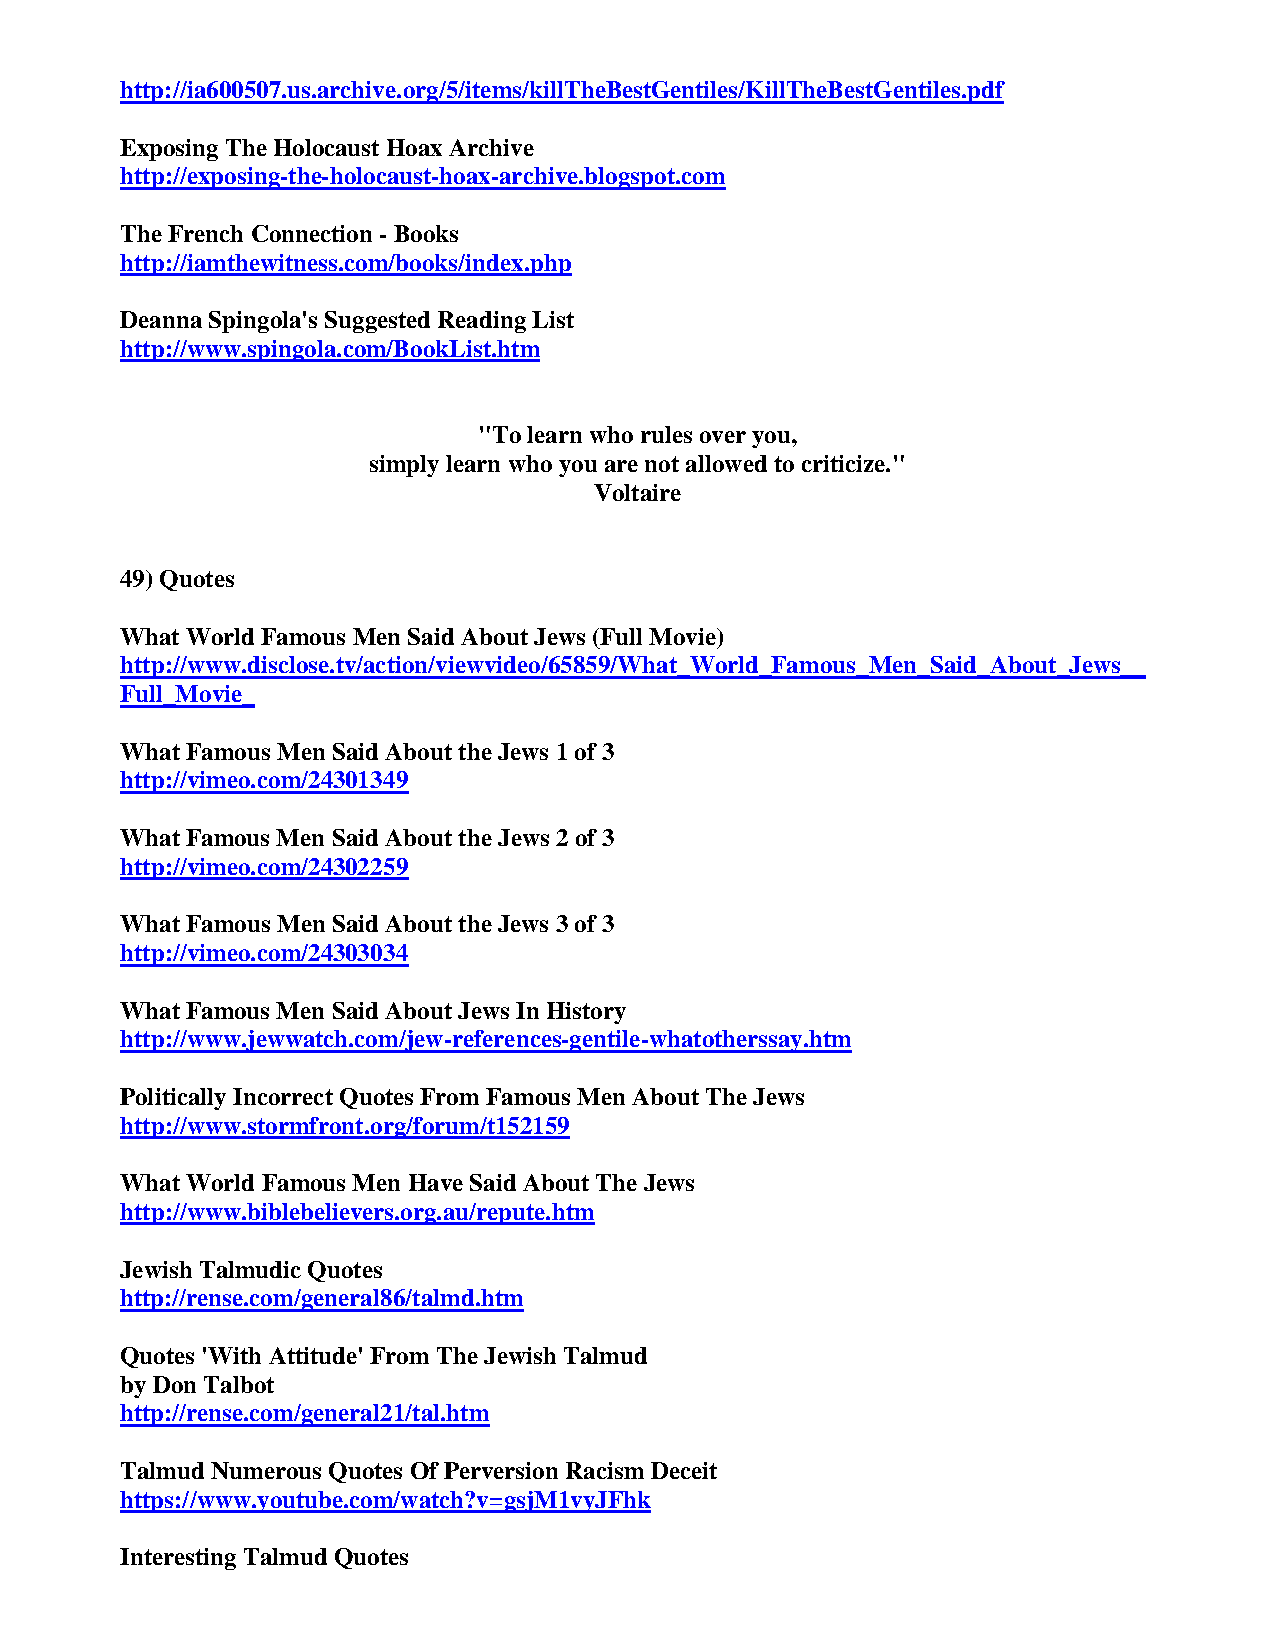
http://ia600507.us.archive.org/5/items/killTheBestGentiles/KillTheBestGentiles.pdf
 Exposing The Holocaust Hoax Archive
 http://exposing-the-holocaust-hoax-archive.blogspot.com
 The French Connection - Books
 http://iamthewitness.com/books/index.php
 Deanna Spingola's Suggested Reading List
 http://www.spingola.com/BookList.htm
 "To learn who rules over you,
 simply learn who you are not allowed to criticize."
 Voltaire
 49) Quotes
 What World Famous Men Said About Jews (Full Movie)
 http://www.disclose.tv/action/viewvideo/65859/What_World_Famous_Men_Said_About_Jews__
 Full_Movie_
 What Famous Men Said About the Jews 1 of 3
 http://vimeo.com/24301349
 What Famous Men Said About the Jews 2 of 3
 http://vimeo.com/24302259
 What Famous Men Said About the Jews 3 of 3
 http://vimeo.com/24303034
 What Famous Men Said About Jews In History
 http://www.jewwatch.com/jew-references-gentile-whatotherssay.htm
 Politically Incorrect Quotes From Famous Men About The Jews
 http://www.stormfront.org/forum/t152159
 What World Famous Men Have Said About The Jews
 http://www.biblebelievers.org.au/repute.htm
 Jewish Talmudic Quotes
 http://rense.com/general86/talmd.htm
 Quotes 'With Attitude' From The Jewish Talmud
 by Don Talbot
 http://rense.com/general21/tal.htm
 Talmud Numerous Quotes Of Perversion Racism Deceit
 https://www.youtube.com/watch?v=gsjM1vyJFhk
 Interesting Talmud Quotes